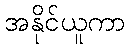
အနိုင်ယူကာ